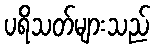
ပရိသတ်များသည်